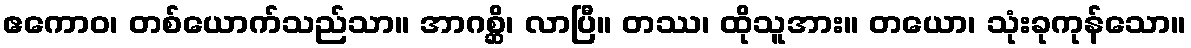
ဧကောဝ၊ တစ်ယောက်သည်သာ။ အာဂစ္ဆိ၊ လာပြီ။ တဿ၊ ထိုသူအား။ တယော၊ သုံးခုကုန်သော။